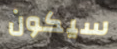
سيكون